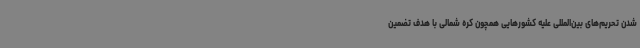
شدن تحریم‌های بین‌المللی علیه کشورهایی همچون کره شمالی با هدف تضمین